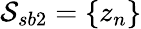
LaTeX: \mathcal{S}_{sb2}=\{ {z}_{n}\}